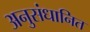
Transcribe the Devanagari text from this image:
अनुसंधानित